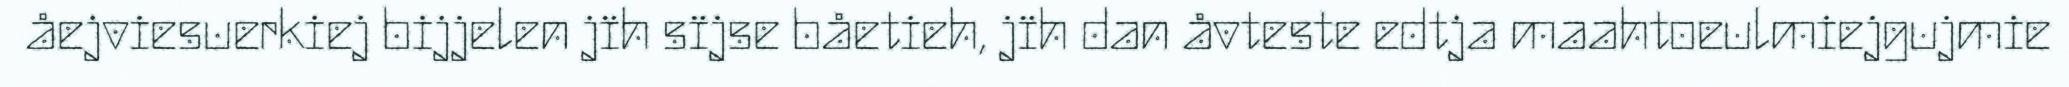
åejviesuerkiej bijjelen jïh sïjse båetieh, jïh dan åvteste edtja maahtoeulmiejgujmie